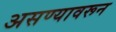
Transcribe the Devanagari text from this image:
असण्यावरून